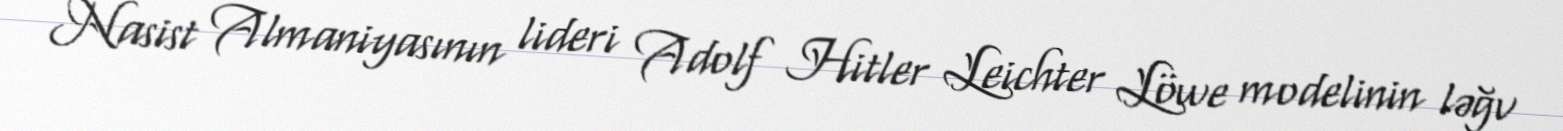
Nasist Almaniyasının lideri Adolf Hitler Leichter Löwe modelinin ləğv